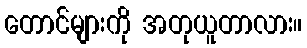
တောင်များကို အတုယူတာလား။